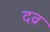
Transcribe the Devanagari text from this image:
दव्र